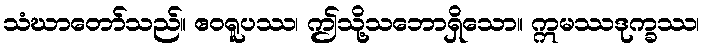
သံဃာတော်သည်။ ဧဝရူပဿ၊ ဤသို့သဘောရှိသော။ ဣမဿဒုက္ခဿ၊